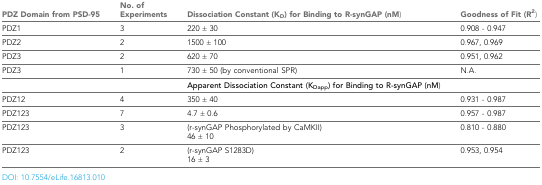
<table><thead><tr><td><b>PDZ Domain from PSD-95</b></td><td><b>No. ofExperiments</b></td><td><b>Dissociation Constant (K<sub>D</sub>) for Binding to R-synGAP (nM)</b></td><td><b>Goodness of Fit (R<sup>2</sup>)</b></td></tr></thead><tbody><tr><td>PDZ1</td><td>3</td><td>220 ± 30</td><td>0.908 - 0.947</td></tr><tr><td>PDZ2</td><td>2</td><td>1500 ± 100</td><td>0.967, 0.969</td></tr><tr><td>PDZ3</td><td>2</td><td>620 ± 70</td><td>0.951, 0.962</td></tr><tr><td>PDZ3</td><td>1</td><td>730 ± 50 (by conventional SPR)</td><td>N.A.</td></tr><tr><td></td><td></td><td><b>Apparent Dissociation Constant (K<sub>Dapp</sub>) for Binding to R-synGAP (nM</b>)</td><td></td></tr><tr><td>PDZ12</td><td>4</td><td>350 ± 40</td><td>0.931 - 0.987</td></tr><tr><td>PDZ123</td><td>7</td><td>4.7 ± 0.6</td><td>0.957 - 0.987</td></tr><tr><td>PDZ123</td><td>3</td><td>(r-synGAP Phosphorylated by CaMKII) 46 ± 10</td><td>0.810 - 0.880</td></tr><tr><td>PDZ123</td><td>2</td><td>(r-synGAP S1283D) 16 ± 3</td><td>0.953, 0.954</td></tr></tbody></table>